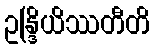
ဥန္ဒြိယိဿတီတိ